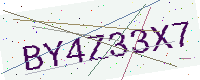
Text: BY4Z33X7